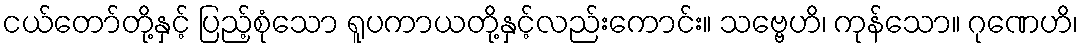
ငယ်တော်တို့နှင့် ပြည့်စုံသော ရူပကာယတို့နှင့်လည်းကောင်း။ သဗ္ဗေဟိ၊ ကုန်သော။ ဂုဏေဟိ၊